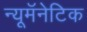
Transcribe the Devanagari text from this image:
न्यूमॅनेटिक